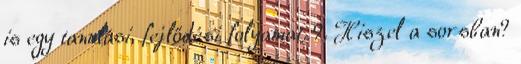
is egy tanulási, fejlődési folyamat. 9. Hiszel a sorsban?